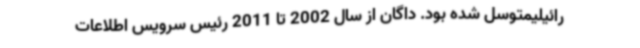
رائیلیمتوسل شده بود. داگان از سال 2002 تا 2011 رئیس سرویس اطلاعات